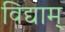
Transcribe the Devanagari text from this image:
विद्याम्